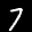
Label: 7